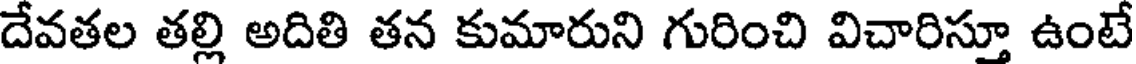
దేవతల తల్లి అదితి తన కుమారుని గురించి విచారిస్తూ ఉంటే